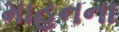
માહનના